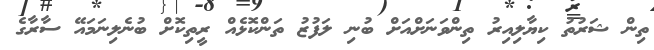
ތިން ޝަރުތު ކިޔާލިއިރު ތިންވަނަށްއަށް ބުނި ލަފުޒު ތަންކޮޅެއް ރީތިކޮށް ބުނެލިނަމައޭ ސާރާގެ